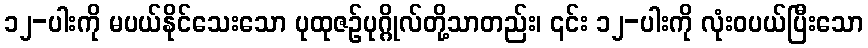
၁၂-ပါးကို မပယ်နိုင်သေးသော ပုထုဇဉ်ပုဂ္ဂိုလ်တို့သာတည်း၊ ၎င်း ၁၂-ပါးကို လုံးဝပယ်ပြီးသော